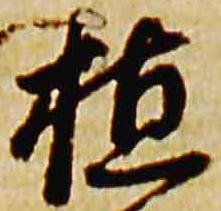
植